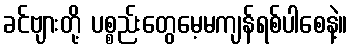
ခင်ဗျားတို့ ပစ္စည်းတွေမေ့မကျန်ရစ်ပါစေနဲ့။